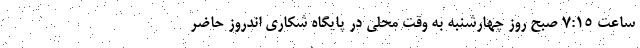
ساعت ۷:۱۵ صبح روز چهارشنبه به وقت محلی در پایگاه شکاری اندروز حاضر